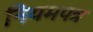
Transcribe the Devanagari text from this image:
नियमपत्र